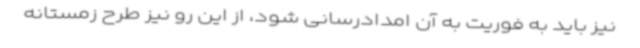
نیز باید به فوریت به آن امدادرسانی شود، از این رو نیز طرح زمستانه